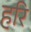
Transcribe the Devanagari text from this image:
हरि